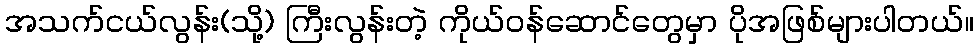
အသက်ငယ်လွန်း(သို့) ကြီးလွန်းတဲ့ ကိုယ်ဝန်ဆောင်တွေမှာ ပိုအဖြစ်များပါတယ်။